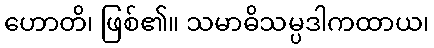
ဟောတိ၊ ဖြစ်၏။ သမာဓိသမ္ပဒါကထာယ၊